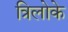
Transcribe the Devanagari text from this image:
त्रिलोके